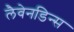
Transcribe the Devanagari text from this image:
लैवेनडिन्स